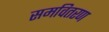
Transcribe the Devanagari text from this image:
समवितरण